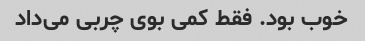
خوب بود. فقط کمی بوی چربی می‌داد